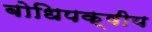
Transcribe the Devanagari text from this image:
बोधिपक्षीय